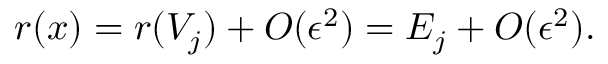
r ( x ) = r ( V _ { j } ) + O ( \epsilon ^ { 2 } ) = E _ { j } + O ( \epsilon ^ { 2 } ) .